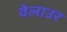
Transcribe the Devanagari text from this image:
वेलाउर